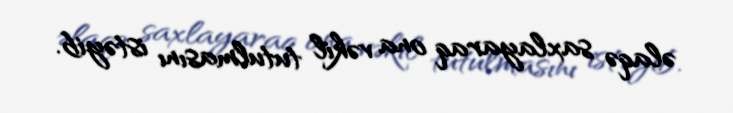
əlaqə saxlayaraq ona vəkil tutulmasını istəyib.